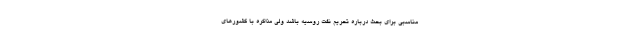
مناسبی برای بحث درباره تحریم نفت روسیه باشد ولی مذاکره با کشورهای